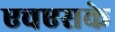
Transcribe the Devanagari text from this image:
एचएसके